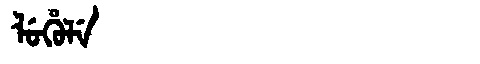
Manchu: ᠯᡠᡥᡠᠯᡝ
Romanization: LUHULE